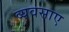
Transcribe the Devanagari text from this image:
व्यवसाए